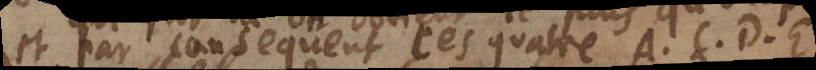
et par consequent ces quatres A, C, D, E